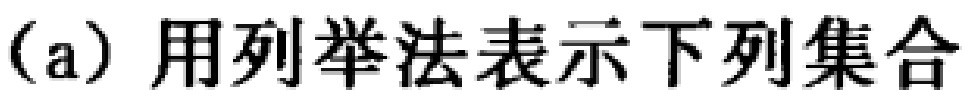
(a) 用列举法表示下列集合